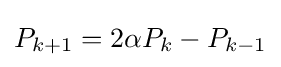
P_{k+1}=2\alpha P_{k}-P_{k-1}